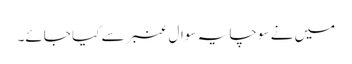
میں نے سوچا یہ سوال عنبر سے کیا جائے۔